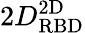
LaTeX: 2D_{\mathrm{RBD}}^{\mathrm{2D}}